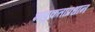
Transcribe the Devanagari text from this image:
भावुकताप्रधान